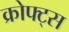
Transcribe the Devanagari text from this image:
क्रोफ्ट्स